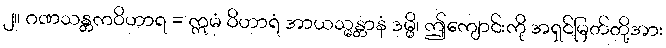
၂။ ဂဏသန္တကဝိဟာရ = ဣမံ ဝိဟာရံ အာယသ္မန္တာနံ ဒမ္မိ၊ ဤကျောင်းကို အရှင်မြတ်တို့အား